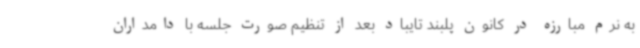
به نرم مبارزه در کانون پلبند تایباد بعد از تنظیم صورت جلسه با دامداران